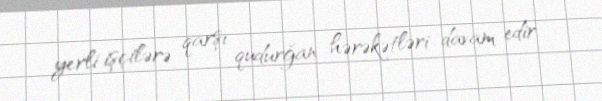
yerli işçilərə qarşı qudurğan hərəkətləri davam edir.